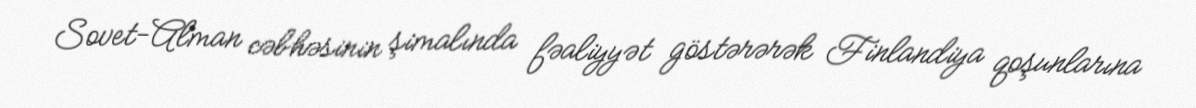
Sovet-Alman cəbhəsinin şimalında fəaliyyət göstərərək Finlandiya qoşunlarına